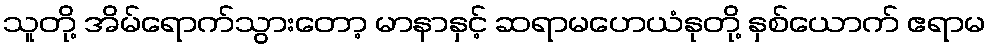
သူတို့ အိမ်ရောက်သွားတော့ မာနာနှင့် ဆရာမဟေယံနုတို့ နှစ်ယောက် ဧရာမ